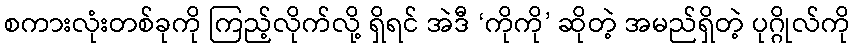
စကားလုံးတစ်ခုကို ကြည့်လိုက်လို့ ရှိရင် အဲဒီ ‘ကိုကို’ ဆိုတဲ့ အမည်ရှိတဲ့ ပုဂ္ဂိုလ်ကို